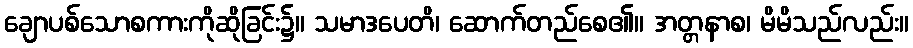
ချောပစ်သောစကားကိုဆိုခြင်း၌။ သမာဒပေတိ၊ ဆောက်တည်စေ၏။ အတ္တနာစ၊ မိမိသည်လည်း။